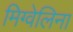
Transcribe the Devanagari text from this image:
मिग्वेलिना